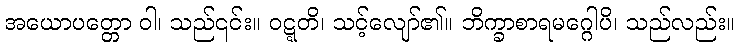
အယောပတ္တော ဝါ၊ သည်၎င်း။ ဝဋ္ဋတိ၊ သင့်လျော်၏။ ဘိက္ခာစာရမဂ္ဂေါပိ၊ သည်လည်း။